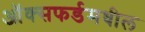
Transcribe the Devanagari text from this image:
ऑक्‍सफर्डमधील